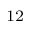
^ { 1 2 }